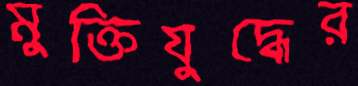
মুক্তিযুদ্ধের